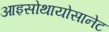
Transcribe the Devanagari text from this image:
आइसोथायोसानेट